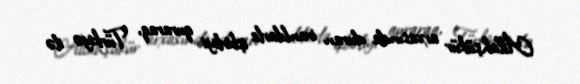
Allahşükür arxasında duran iranlılarla işbirliyi quraraq, Türkiyə ilə